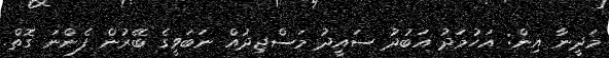
މަދީނާ އިން: އަހުމަދު އަބުދު ސައީދު މަސްޖިދުއް ނަބަވީގެ ބޭރުން ފެންނަ ގޮތް.